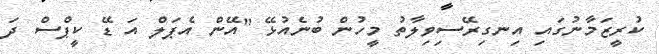
ކުރީޒަމާނުގައި އިނގިރޭސިވިލާތު މީހުން ބުނެއުޅޭ "އޭން އެޕަލް އަ ޑޭ ކީޕްސް ދަ